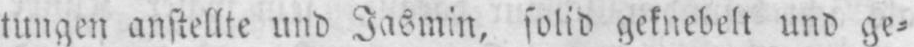
tungen anstellte und Jasmin, solid geknebelt und ge⸗